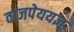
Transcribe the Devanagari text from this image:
वाजपेययज्ञ